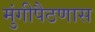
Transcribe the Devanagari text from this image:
मुंगीपैठणास